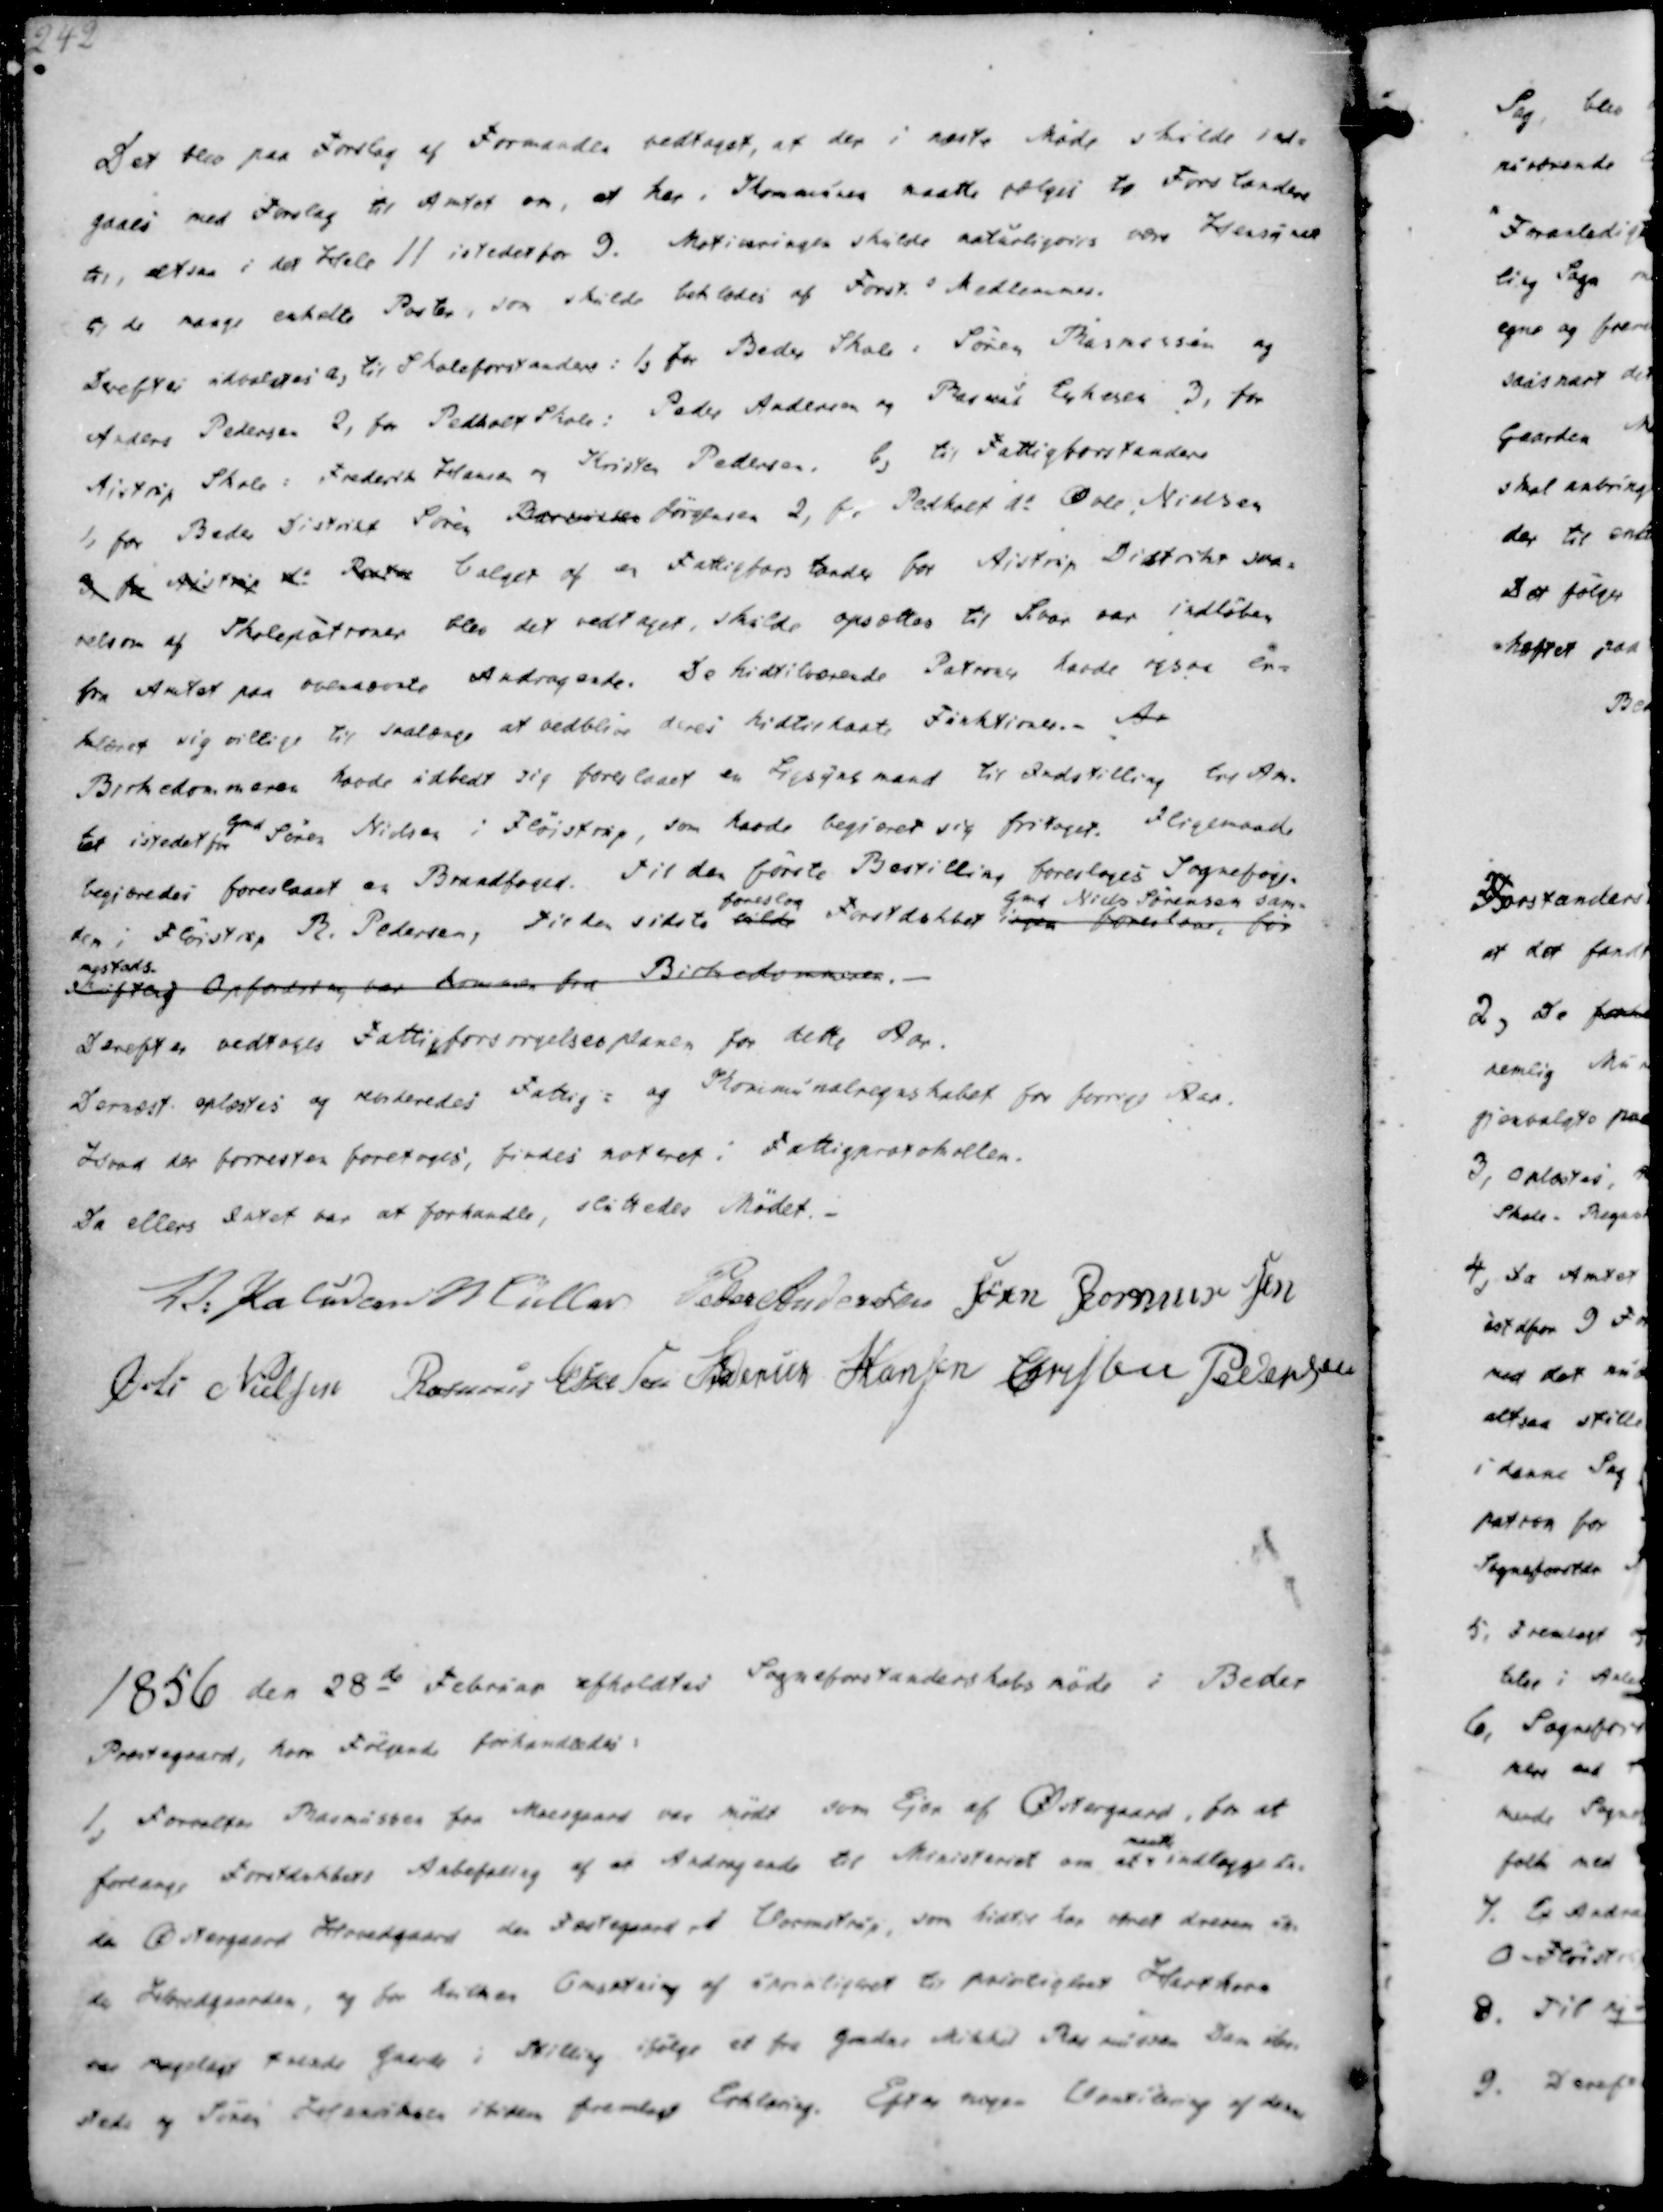
Transskription:
Det blev paa Forslag af Formanden vedtaget, at der i næste Møde skulde ind-
gaaes med Forslag til Amtet om, at her i Kommunen maatte vælges to Forstandere
til, altsaa i det Hele 11 istedet for 9. Motiveringen skulde naturligviis være Hensynet
til de mange enkelte Poster, som skulde beklædes af Forst. s Medlemmer.

Derefter udvalgtes a, til Skoleforstandere i 1, for Beder Skole : Søren Rasmussen og
Anders Pedersen 2, for Pedholdt Skole: Peder Andersen og Rasmus Eskesen 3, for
Aistrup Skole: Frederik Hansen og Kristen Pedersen. b, til Fattigforstandere
1, for Beder Distrikt Søren Barvilder Jørgensen 2, f. Pedholt dt Øvle Nielsen
3, for Aistrup dt Pastor Valget af en Fattigforstander for Aistrup Distrikt saa-
velsom af Skolepatroner blev det vedtaget, skulde opsættes til hvor var indløben
fra Amtet paa ovennævnte Andragende. De hidtilværende Patroner havde ogsaa er-
klæret sig villige til saalænge at vedblive deres hidtilhavte Funktioner.- Da
Birkedommeren havde udbedt sig foreslaaet en Ligsynsmand til Indstilling til Am-
tet istedet for
Gmd
Søren Nielsen i Fløistrup, som havde begiæret sig fritaget. Iligemaade
begjæredes foreslaaet en Brandfoged. Til den første Bestilling foresloges Sognefoge-
den i Fløistrup R. Pedersen, Til den sidste vilde
foreslog
Forstdekbet ingen foreslaas, før
Gmd Niels Sørensen sam-
mesteds
skriftlig Opfordring var kommen fra Birkedommeren.

Derefter vedtoges Fattigforsørgelsesplanen for dette Aar.
Dernæst oplæstes og revideredes Fattig- og Kommunalregnskabet for forrige Aar.
Hvad der forresten foretoges, findes noteret i Fattigprotokollen.
Da ellers Intet var at forhandle, sluttedes Mødet.

V. Paludan Müller
Peder Andersen
Søren Rasmussen
Øvli Nielsen
Rasmus Eskesen
Frederik Hansen
Christen Pedersen

1856 den 28de Februar afholdtes Sogneforstanderskabsmøde i Beder
Præstegaard, hvor Følgende forhandledes:
1, Forvalter Rasmussen fra Moesgaard var mødt som Ejer af Østergaard, for at
forlange Forstdskbets Anbefaling af et Andragende til Ministeriet om at
maatte
indlæggele-
de Østergaard Hovedgaard den Fæstegaard ved Vormstrup, som hidtil har været dreven un-
der Hovedgaarden, og for hvilken Omsætning af Kornligtret til Prisligtret Hartkorn
var Mageligt tvende Gaarde i Stilling ifølge et fra Gmder Mikkel Rasmussen Den ibe-
stede og Søren Henriksen itiden fremlagt Erklæring. Efter nogen Amtidering af denne